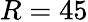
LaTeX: R=45